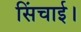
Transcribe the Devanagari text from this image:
सिंचाई।